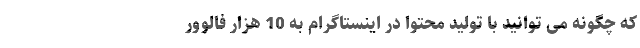
که چگونه می توانید با تولید محتوا در اینستاگرام به 10 هزار فالوور